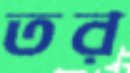
তর